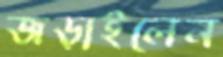
জড়াইলেন